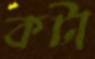
কটা